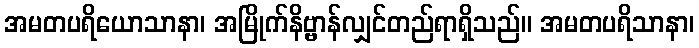
အမတပရိယောသာနာ၊ အမြိုက်နိဗ္ဗာန်လျှင်တည်ရာရှိသည်။ အမတပရိသာနာ၊